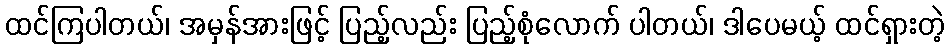
ထင်ကြပါတယ်၊ အမှန်အားဖြင့် ပြည့်လည်း ပြည့်စုံလောက် ပါတယ်၊ ဒါပေမယ့် ထင်ရှားတဲ့